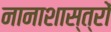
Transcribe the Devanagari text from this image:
नानाशास्त्रों